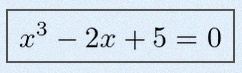
x^3-2x+5=0